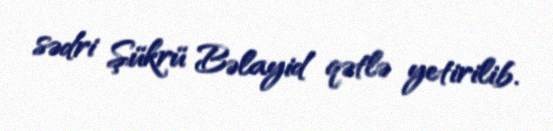
sədri Şükrü Bəlayid qətlə yetirilib.